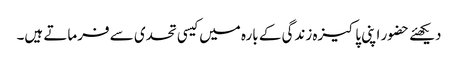
دیکھئے حضور اپنی پاکیزہ زندگی کے بارہ میں کیسی تحدی سے فرماتے ہیں۔